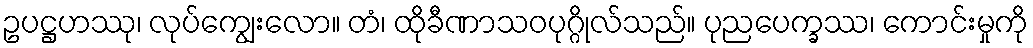
ဥပဋ္ဌဟဿု၊ လုပ်ကျွေးလော။ တံ၊ ထိုခီဏာသဝပုဂ္ဂိုလ်သည်။ ပုညပေက္ခဿ၊ ကောင်းမှုကို